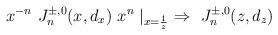
LaTeX: \begin{align*}x^{-n}\ J^{\pm,0}_n(x, d_x)\ x^n \mid _ {x={1 \over z}} \ \Rightarrow\ J^{\pm,0}_n(z, d_z)\end{align*}